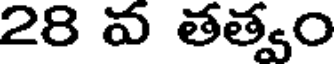
28 వ తత్వం